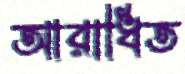
আরাধিত